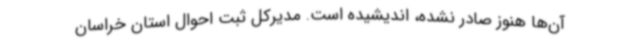
آن‌ها هنوز صادر نشده، اندیشیده است. مدیرکل ثبت احوال استان خراسان